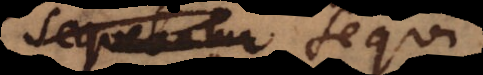
sequebatur sequi